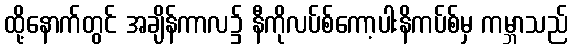
ထို့နောက်တွင် အချိန်ကာလ၌ နီကိုလပ်စ်ကော့ပါးနိကပ်စ်မှ ကမ္ဘာသည်